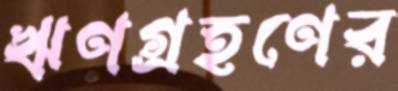
ঋণগ্রহণের